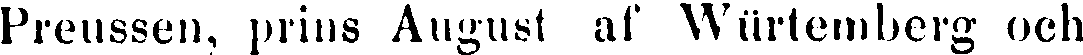
Preussen, prins August af Würtemberg och